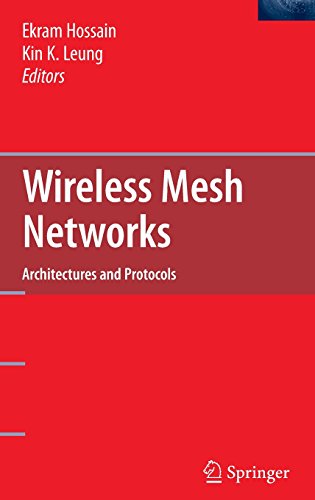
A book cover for Wireless Mesh Networks: Architectures and Protocols; Computers & Technology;